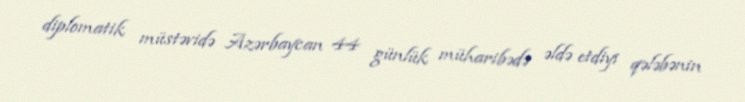
diplomatik müstəvidə Azərbaycan 44 günlük müharibədə əldə etdiyi qələbənin